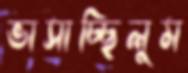
ভাসাচ্ছিলুম